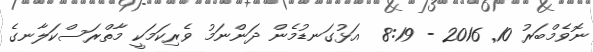
ނޮވެމްބަރު 10